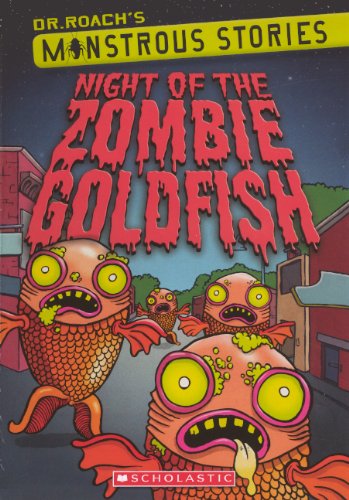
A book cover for Night Of The Zombie Goldfish (Turtleback School & Library Binding Edition) (Dr. Roach's Monstrous Stories); Dr. Roach; Humor & Entertainment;